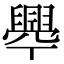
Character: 𦦞